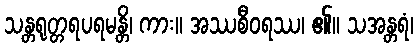
သန္တရုတ္တရပရမန္တိ၊ ကား။ အဿစီဝရဿ၊ ၏။ သအန္တရံ၊